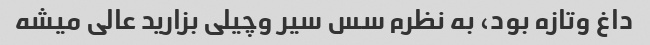
داغ و‌تازه بود، به نظرم سس سیر و‌چیلی بزارید عالی میشه